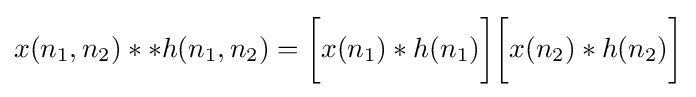
x(n_{1},n_{2})**h(n_{1},n_{2})={\bigg [}x(n_{1})*h(n_{1}){\bigg ]}{\bigg [}x(n_{2})*h(n_{2}){\bigg ]}